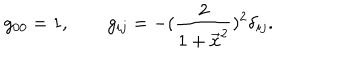
g _ { 0 0 } = 1 , \qquad g _ { i j } = - ( { \frac { 2 } { 1 + \vec { x } ^ { 2 } } } ) ^ { 2 } \delta _ { i j } .